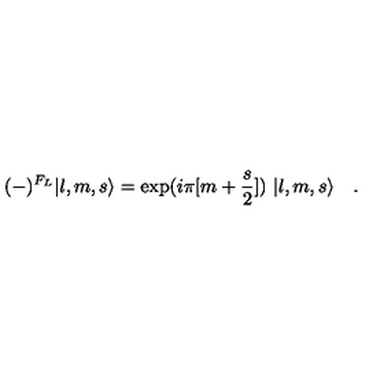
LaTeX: ( - ) ^ { F _ { L } } | l , m , s \rangle = \exp ( i \pi [ m + { \frac { s } { 2 } } ] ) \ | l , m , s \rangle \quad .